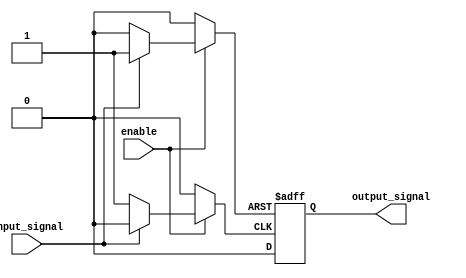
module push_pull_buffer (
    input wire enable,
    input wire input_signal,
    output reg output_signal
);

reg pull_up, pull_down;

always @(*) begin
    if (enable) begin
        if (input_signal) begin
            pull_up = 1;
            pull_down = 0;
        end else begin
            pull_up = 0;
            pull_down = 1;
        end
    end else begin
        pull_up = 0;
        pull_down = 0;
    end
end

always @(posedge pull_up or posedge pull_down) begin
    if (pull_up) begin
        output_signal <= 1;
    end else if (pull_down) begin
        output_signal <= 0;
    end
end

endmodule